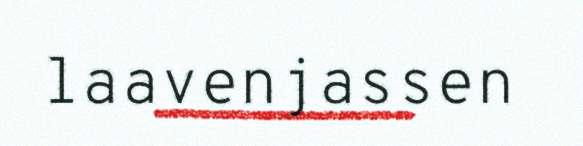
laavenjassen